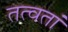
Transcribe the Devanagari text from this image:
तत्वतां